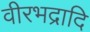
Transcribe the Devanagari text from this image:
वीरभद्रादि